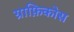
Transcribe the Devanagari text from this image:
ग्राफ़िकोस